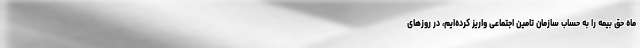
ماه حق بیمه را به حساب سازمان تامین اجتماعی واریز کرده‌ایم، در روزهای